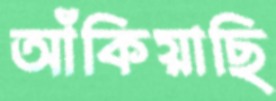
আঁকিয়াছি